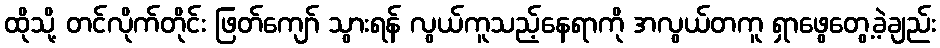
ထိုသို့ တင်လိုက်တိုင်း ဖြတ်ကျော် သွားရန် လွယ်ကူသည့်နေရာကို အလွယ်တကူ ရှာဖွေတွေ့ခဲ့ချည်း